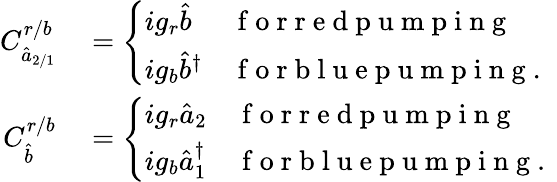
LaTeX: \begin{array}{rl}{C_{\hat{a}_{2/1}}^{r/b}}&{{}=\left\{ \begin{array}{ll}{ig_{r}\hat{b}}&{\mathrm{~f~o~r~r~e~d~p~u~m~p~i~n~g~}}\\ {ig_{b}\hat{b}^{\dagger}}&{\mathrm{~f~o~r~b~l~u~e~p~u~m~p~i~n~g~.~}}\end{array}\right.}\\ {C_{\hat{b}}^{r/b}}&{{}=\left\{ \begin{array}{ll}{ig_{r}\hat{a}_{2}}&{\mathrm{~f~o~r~r~e~d~p~u~m~p~i~n~g~}}\\ {ig_{b}\hat{a}_{1}^{\dagger}}&{\mathrm{~f~o~r~b~l~u~e~p~u~m~p~i~n~g~.~}}\end{array}\right.}\end{array}